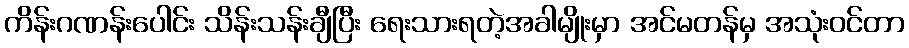
ကိန်းဂဏန်းပေါင်း သိန်းသန်းချီပြီး ရေးသားရတဲ့အခါမျိုးမှာ အင်မတန်မှ အသုံးဝင်တာ